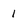
Character: l